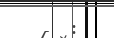
: